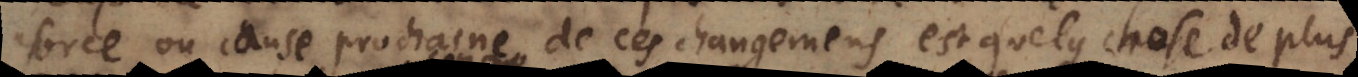
force ou cause prochaine de ces changemens est quelque chose de reel,